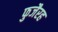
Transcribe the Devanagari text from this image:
फुजैरह